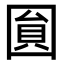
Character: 圎